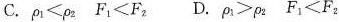
C.$$\rho _ { 1 } ＜ \rho _{ 2 }$$ $$F _ { 1 } ＜ F _ { 1 }$$ D.$$\rho _ { 1 } > \rho _ { 2 }$$ $$F _ { 1 } ＜ F _ { 2 }$$